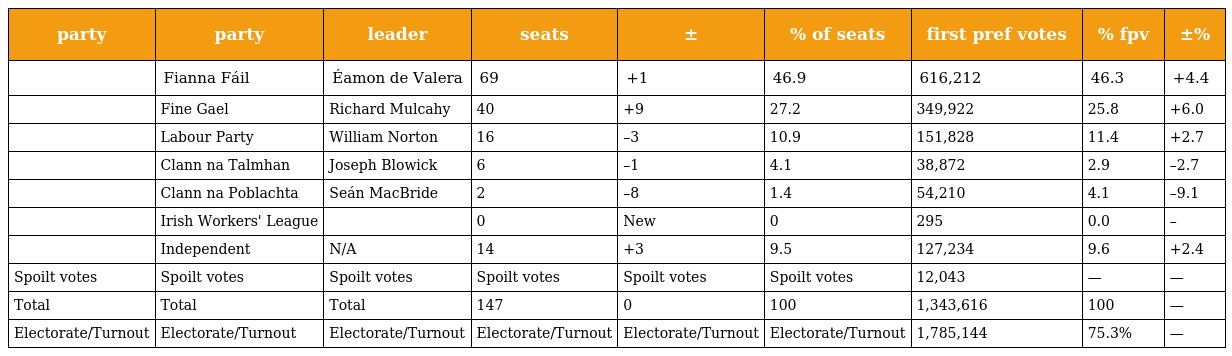
| party | party | leader | seats | ± | % of seats | first pref votes | % fpv | ±% |
 | --- | --- | --- | --- | --- | --- | --- | --- | --- |
 |  | Fianna Fáil | Éamon de Valera | 69 | +1 | 46.9 | 616,212 | 46.3 | +4.4 |
 |  | Fine Gael | Richard Mulcahy | 40 | +9 | 27.2 | 349,922 | 25.8 | +6.0 |
 |  | Labour Party | William Norton | 16 | –3 | 10.9 | 151,828 | 11.4 | +2.7 |
 |  | Clann na Talmhan | Joseph Blowick | 6 | –1 | 4.1 | 38,872 | 2.9 | –2.7 |
 |  | Clann na Poblachta | Seán MacBride | 2 | –8 | 1.4 | 54,210 | 4.1 | –9.1 |
 |  | Irish Workers' League |  | 0 | New | 0 | 295 | 0.0 | – |
 |  | Independent | N/A | 14 | +3 | 9.5 | 127,234 | 9.6 | +2.4 |
 | Spoilt votes | Spoilt votes | Spoilt votes | Spoilt votes | Spoilt votes | Spoilt votes | 12,043 | — | — |
 | Total | Total | Total | 147 | 0 | 100 | 1,343,616 | 100 | — |
 | Electorate/Turnout | Electorate/Turnout | Electorate/Turnout | Electorate/Turnout | Electorate/Turnout | Electorate/Turnout | 1,785,144 | 75.3% | — |